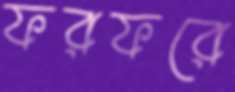
ফরফরে